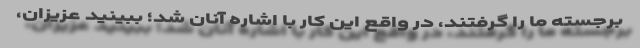
برجسته ما را گرفتند، در واقع این کار با اشاره آنان شد؛ ببینید عزیزان،